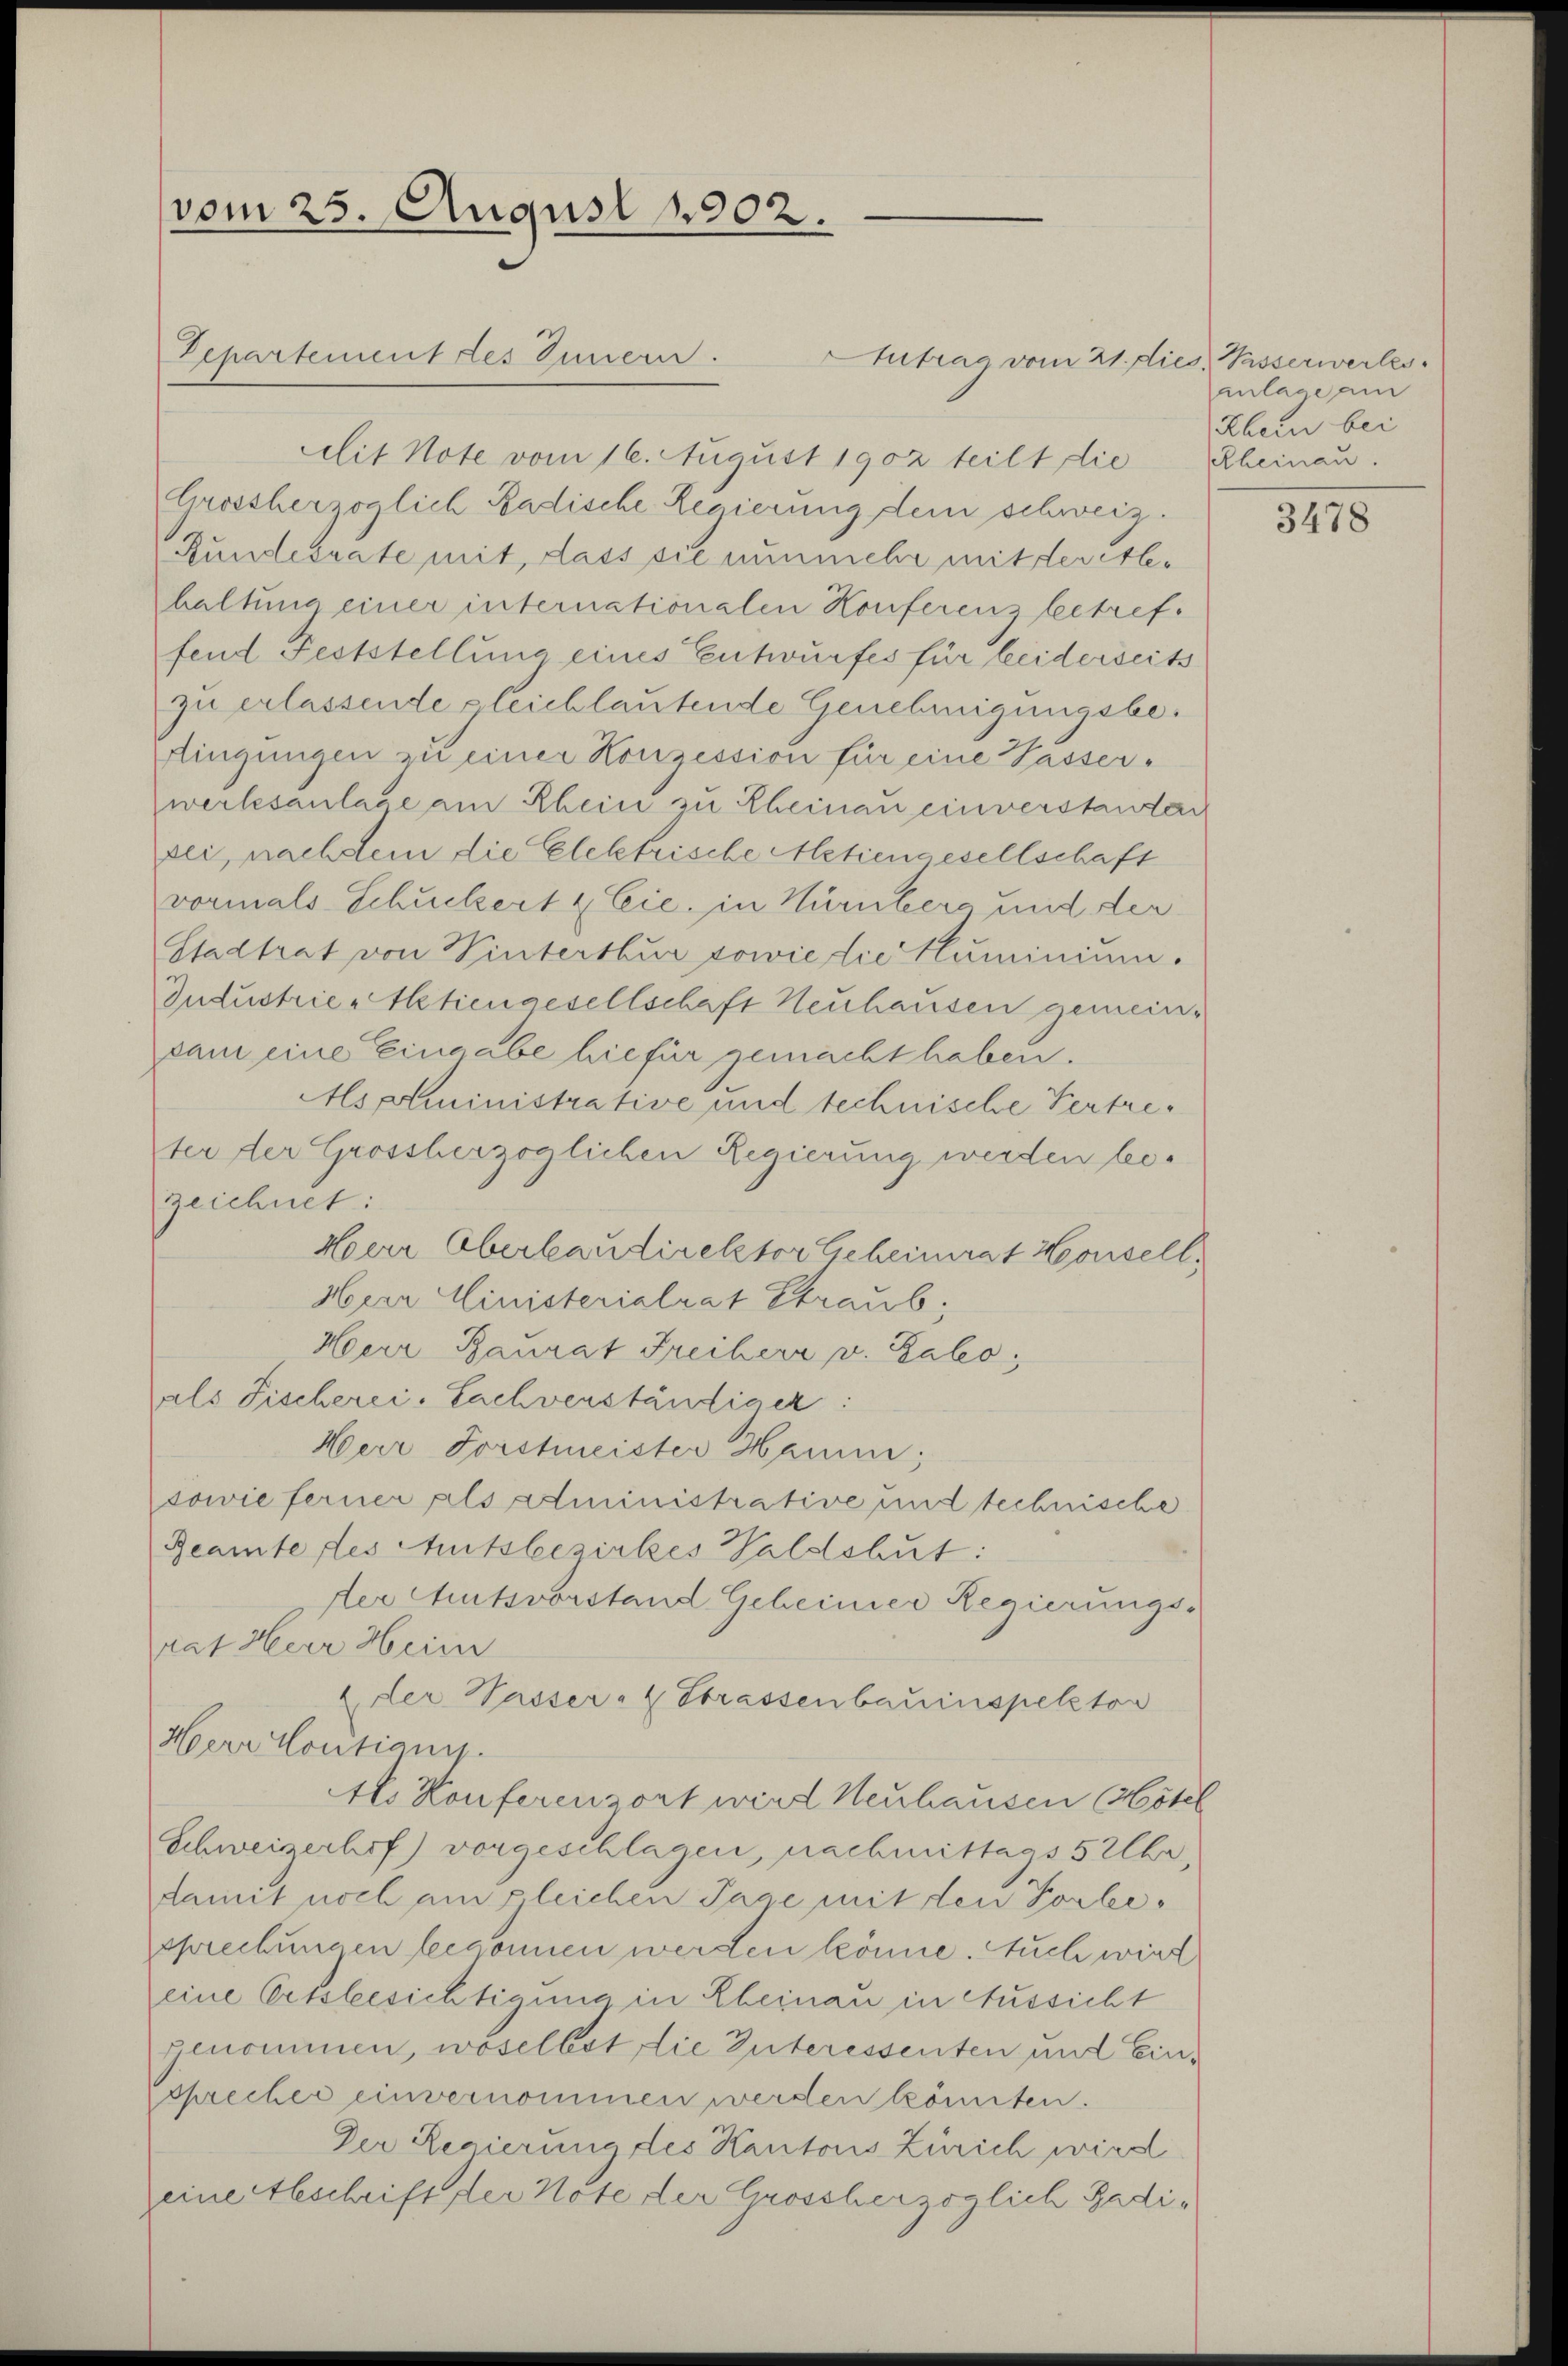
vom 25. August 1902.

Departement des Inner.
Mit Note vom 16. August 1902 teilt die
Grossherzoglich-Badische Regierung dem schweiz.
Bundesrate mit, dass sie nunmehr mit der Alehaltung einer internationalen Konferenz betreffend Feststellung eines Entwurfes für beiderseits
zu erlassende gleichlautende Genehmigungsbedingungen zu einer Konzession für eine Wasserwerksanlage am Rhein zu Eheinau einverstander
sei, nachdem die Elektrische Actiengesellschaft
vormals Schuckert & Cie, in Nürnberg und der
Stadtrat von Winterthur sowie die Kluminium.
Industrie-Aktiengesellschaft Neuhausen gemeinsam eine Eingabe hiefür gemacht haben.
Asplministrative und technische Vertreter der Grossherzoglichen Regierung werden bezeichnet:
Herr Oberbaudirektor Geheimrat Housell
Hier Ministerialrat Straub
Herr Baurat Freiherr v. Salo
aals Fischerei. Sachverständiger:
Herr Forstmeister Hamm;
sowie ferner als Administrative und technische
Reamte des Ausbezirkes Waldshut:
der Amtsvorstand Geheiner Regierungsrat Herr Heim
Eder Wasser- & Strassenbauinspektor
Herr Moutiani.
Als Konferenzort wird Neuhausen (Hötel
Schweizerhof) vorgeschlagen, nachmittags 5 Uhr,
damit noch am gleichen Tage mit den Vorlesprechungen begonnen werden könne. Auch wird
eine Ortsbesichtigung in Kleinau in Aussicht
genommen, woselbst die Interessenten und Einsprecher einvernommen werden könnten.
Der Regierung des Kantons Zürich wird
zeine Abschrift der Note der Grossherzoglich Badi¬

utrag vom 21. dies Wasserwertes.
anlage am
Rhein bei
Rheinau.

3478